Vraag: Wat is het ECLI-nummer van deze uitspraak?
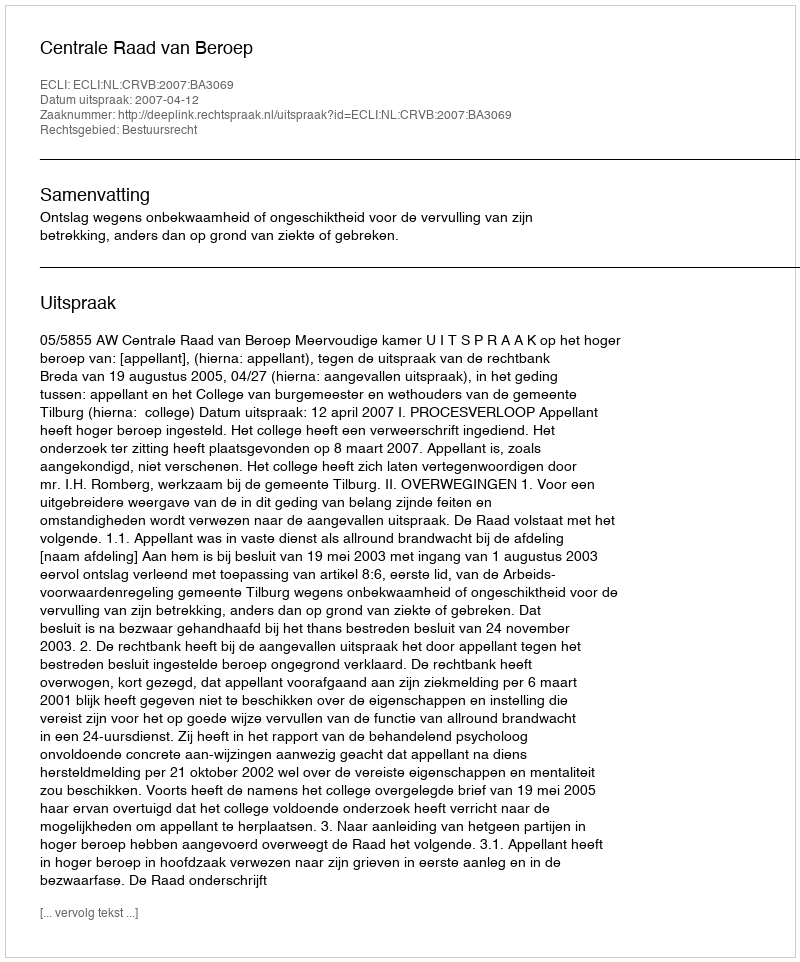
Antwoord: ECLI:NL:CRVB:2007:BA3069